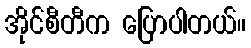
အိုင်စီတီက ပြောပါတယ်။